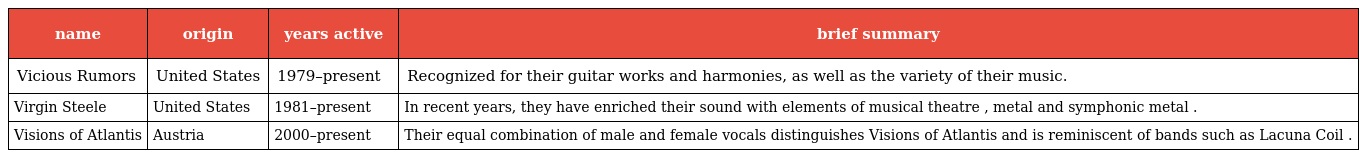
| name | origin | years active | brief summary |
 | --- | --- | --- | --- |
 | Vicious Rumors | United States | 1979–present | Recognized for their guitar works and harmonies, as well as the variety of their music. |
 | Virgin Steele | United States | 1981–present | In recent years, they have enriched their sound with elements of musical theatre , metal and symphonic metal . |
 | Visions of Atlantis | Austria | 2000–present | Their equal combination of male and female vocals distinguishes Visions of Atlantis and is reminiscent of bands such as Lacuna Coil . |